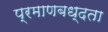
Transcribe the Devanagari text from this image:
प्रमाणबध्दता